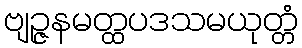
ဗျဉ္ဇနမတ္ထပဒသမယုတ္တံ